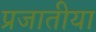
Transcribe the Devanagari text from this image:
प्रजातीया